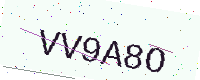
Text: VV9A8O